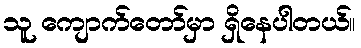
သူ ကျောက်တော်မှာ ရှိနေပါတယ်။